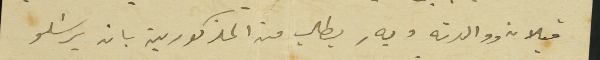
قبلان ووالدته وبهِ يطلب من المذكورين بان يرسَلو